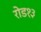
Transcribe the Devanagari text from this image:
रोड१३